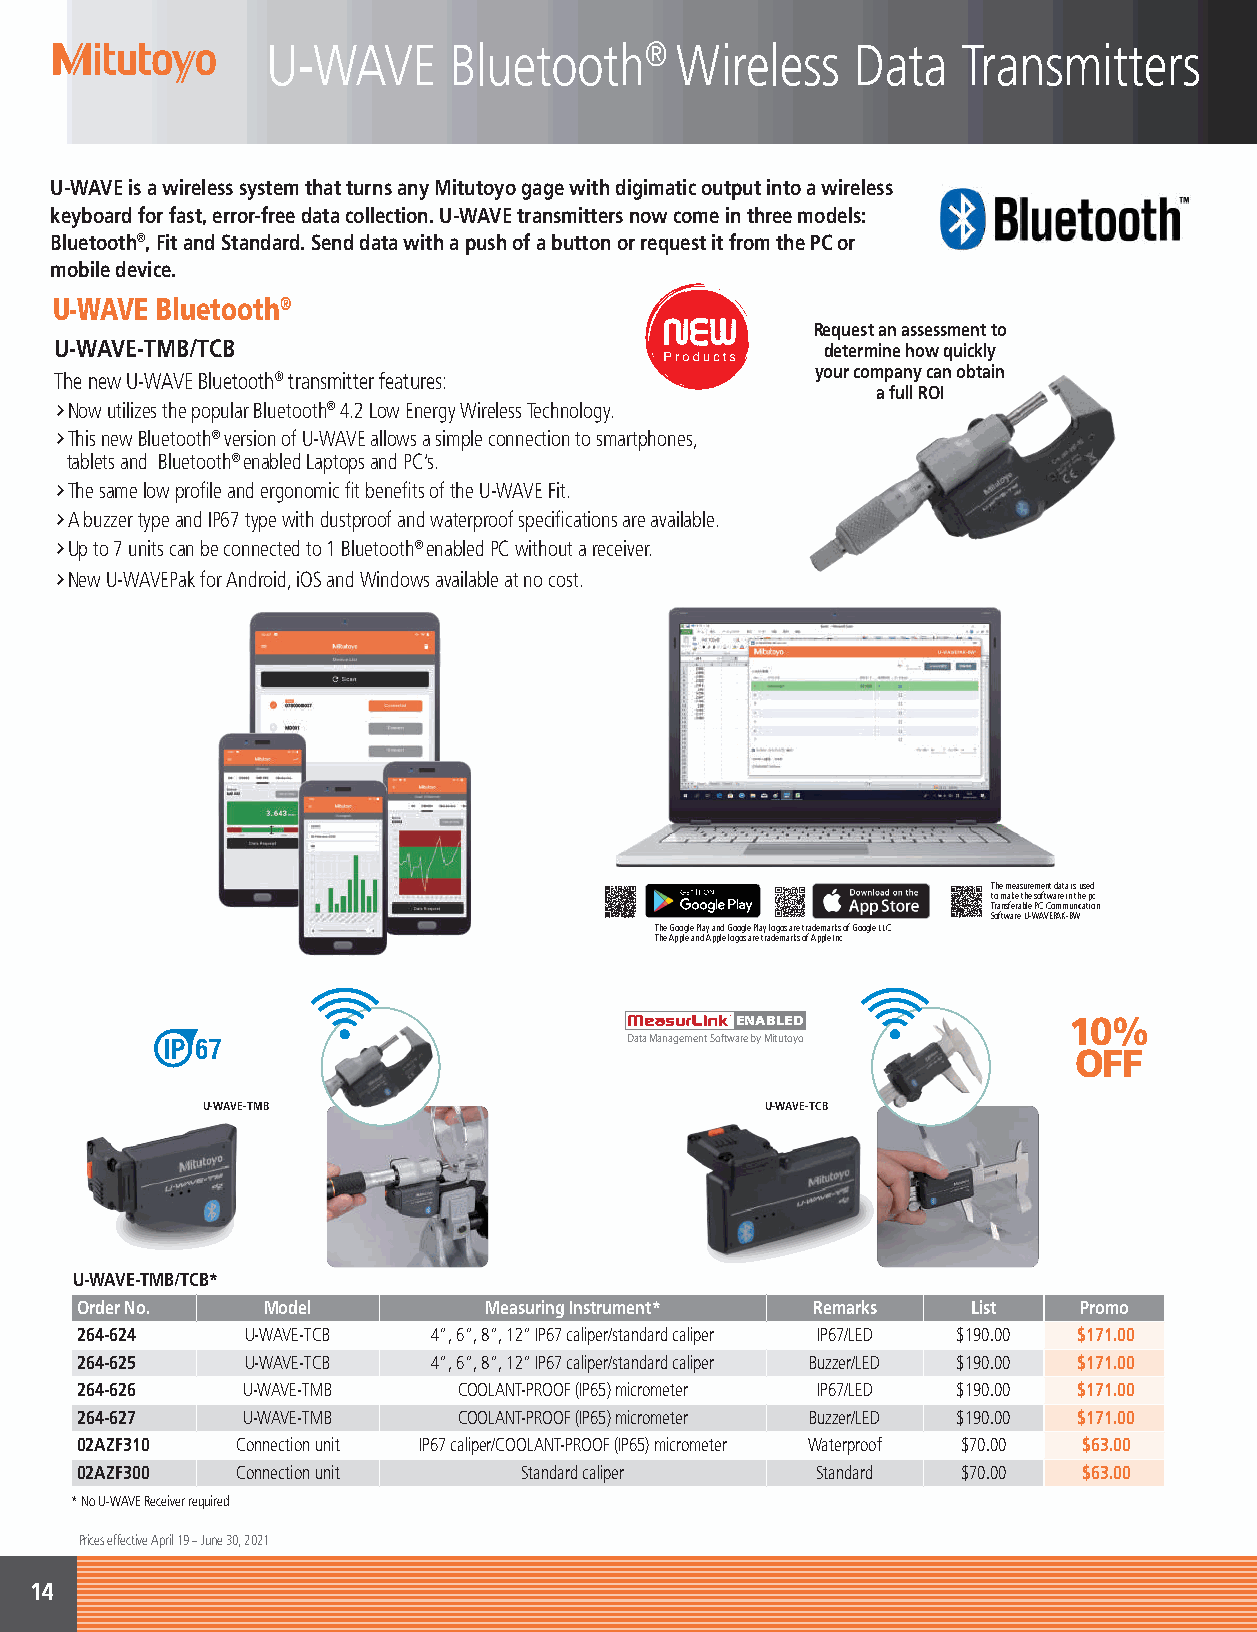
U-WAVE      Bluetooth®     Wireless   Data    Transmitters
 U-WAVE is a wireless system that turns any Mitutoyo gage with digimatic output into a wireless
 keyboard for fast, error-free data collection. U-WAVE transmitters now come in three models:
 Bluetooth®, Fit and Standard. Send data with a push of a button or request it from the PC or
 mobile device.
 U-WAVE Bluetooth®
 Request an assessment to
 U-WAVE-TMB/TCB                                     determine how quickly
 your company can obtain
 The new U-WAVE Bluetooth® transmitter features:
 a full ROI
 †Now utilizes the popular Bluetooth® 4.2 Low Energy Wireless Technology.
 †This new Bluetooth® version of U-WAVE allows a simple connection to smartphones,
 tablets and Bluetooth® enabled Laptops and PC’s.
 †The same low profile and ergonomic fit benefits of the U-WAVE Fit.
 †A buzzer type and IP67 type with dustproof and waterproof specifications are available.
 †Up to 7 units can be connected to 1 Bluetooth® enabled PC without a receiver.
 †New U-WAVEPak for Android, iOS and Windows available at no cost.
 The measurement data is used
 to make the software in the pc
 Transferable PC Communication
 Software U-WAVEPAK-BW.
 The Google Play and Google Play logos are trademarks of Google LLC.
 The Apple and Apple logos are trademarks of Apple Inc.
 ENABLED               10%
 Data Management Software by Mitutoyo
 OFF
 U-WAVE-TMB                            U-WAVE-TCB
 U-WAVE-TMB/TCB*
 Order No.   Model          Measuring Instrument* Remarks   List   Promo
 264-624    U-WAVE-TCB   4”, 6”, 8”, 12” IP67 caliper/standard caliper IP67/LED $190.00 $171.00
 264-625    U-WAVE-TCB   4”, 6”, 8”, 12” IP67 caliper/standard caliper Buzzer/LED $190.00 $171.00
 264-626    U-WAVE-TMB    COOLANT-PROOF (IP65) micrometer IP67/LED $190.00 $171.00
 264-627    U-WAVE-TMB    COOLANT-PROOF (IP65) micrometer Buzzer/LED $190.00 $171.00
 02AZF310   Connection unit IP67 caliper/COOLANT-PROOF (IP65) micrometer Waterproof $70.00 $63.00
 02AZF300   Connection unit   Standard caliper    Standard  $70.00  $63.00
 * No U-WAVE Receiver required
 Prices effective April 19 – June 30, 2021
 14